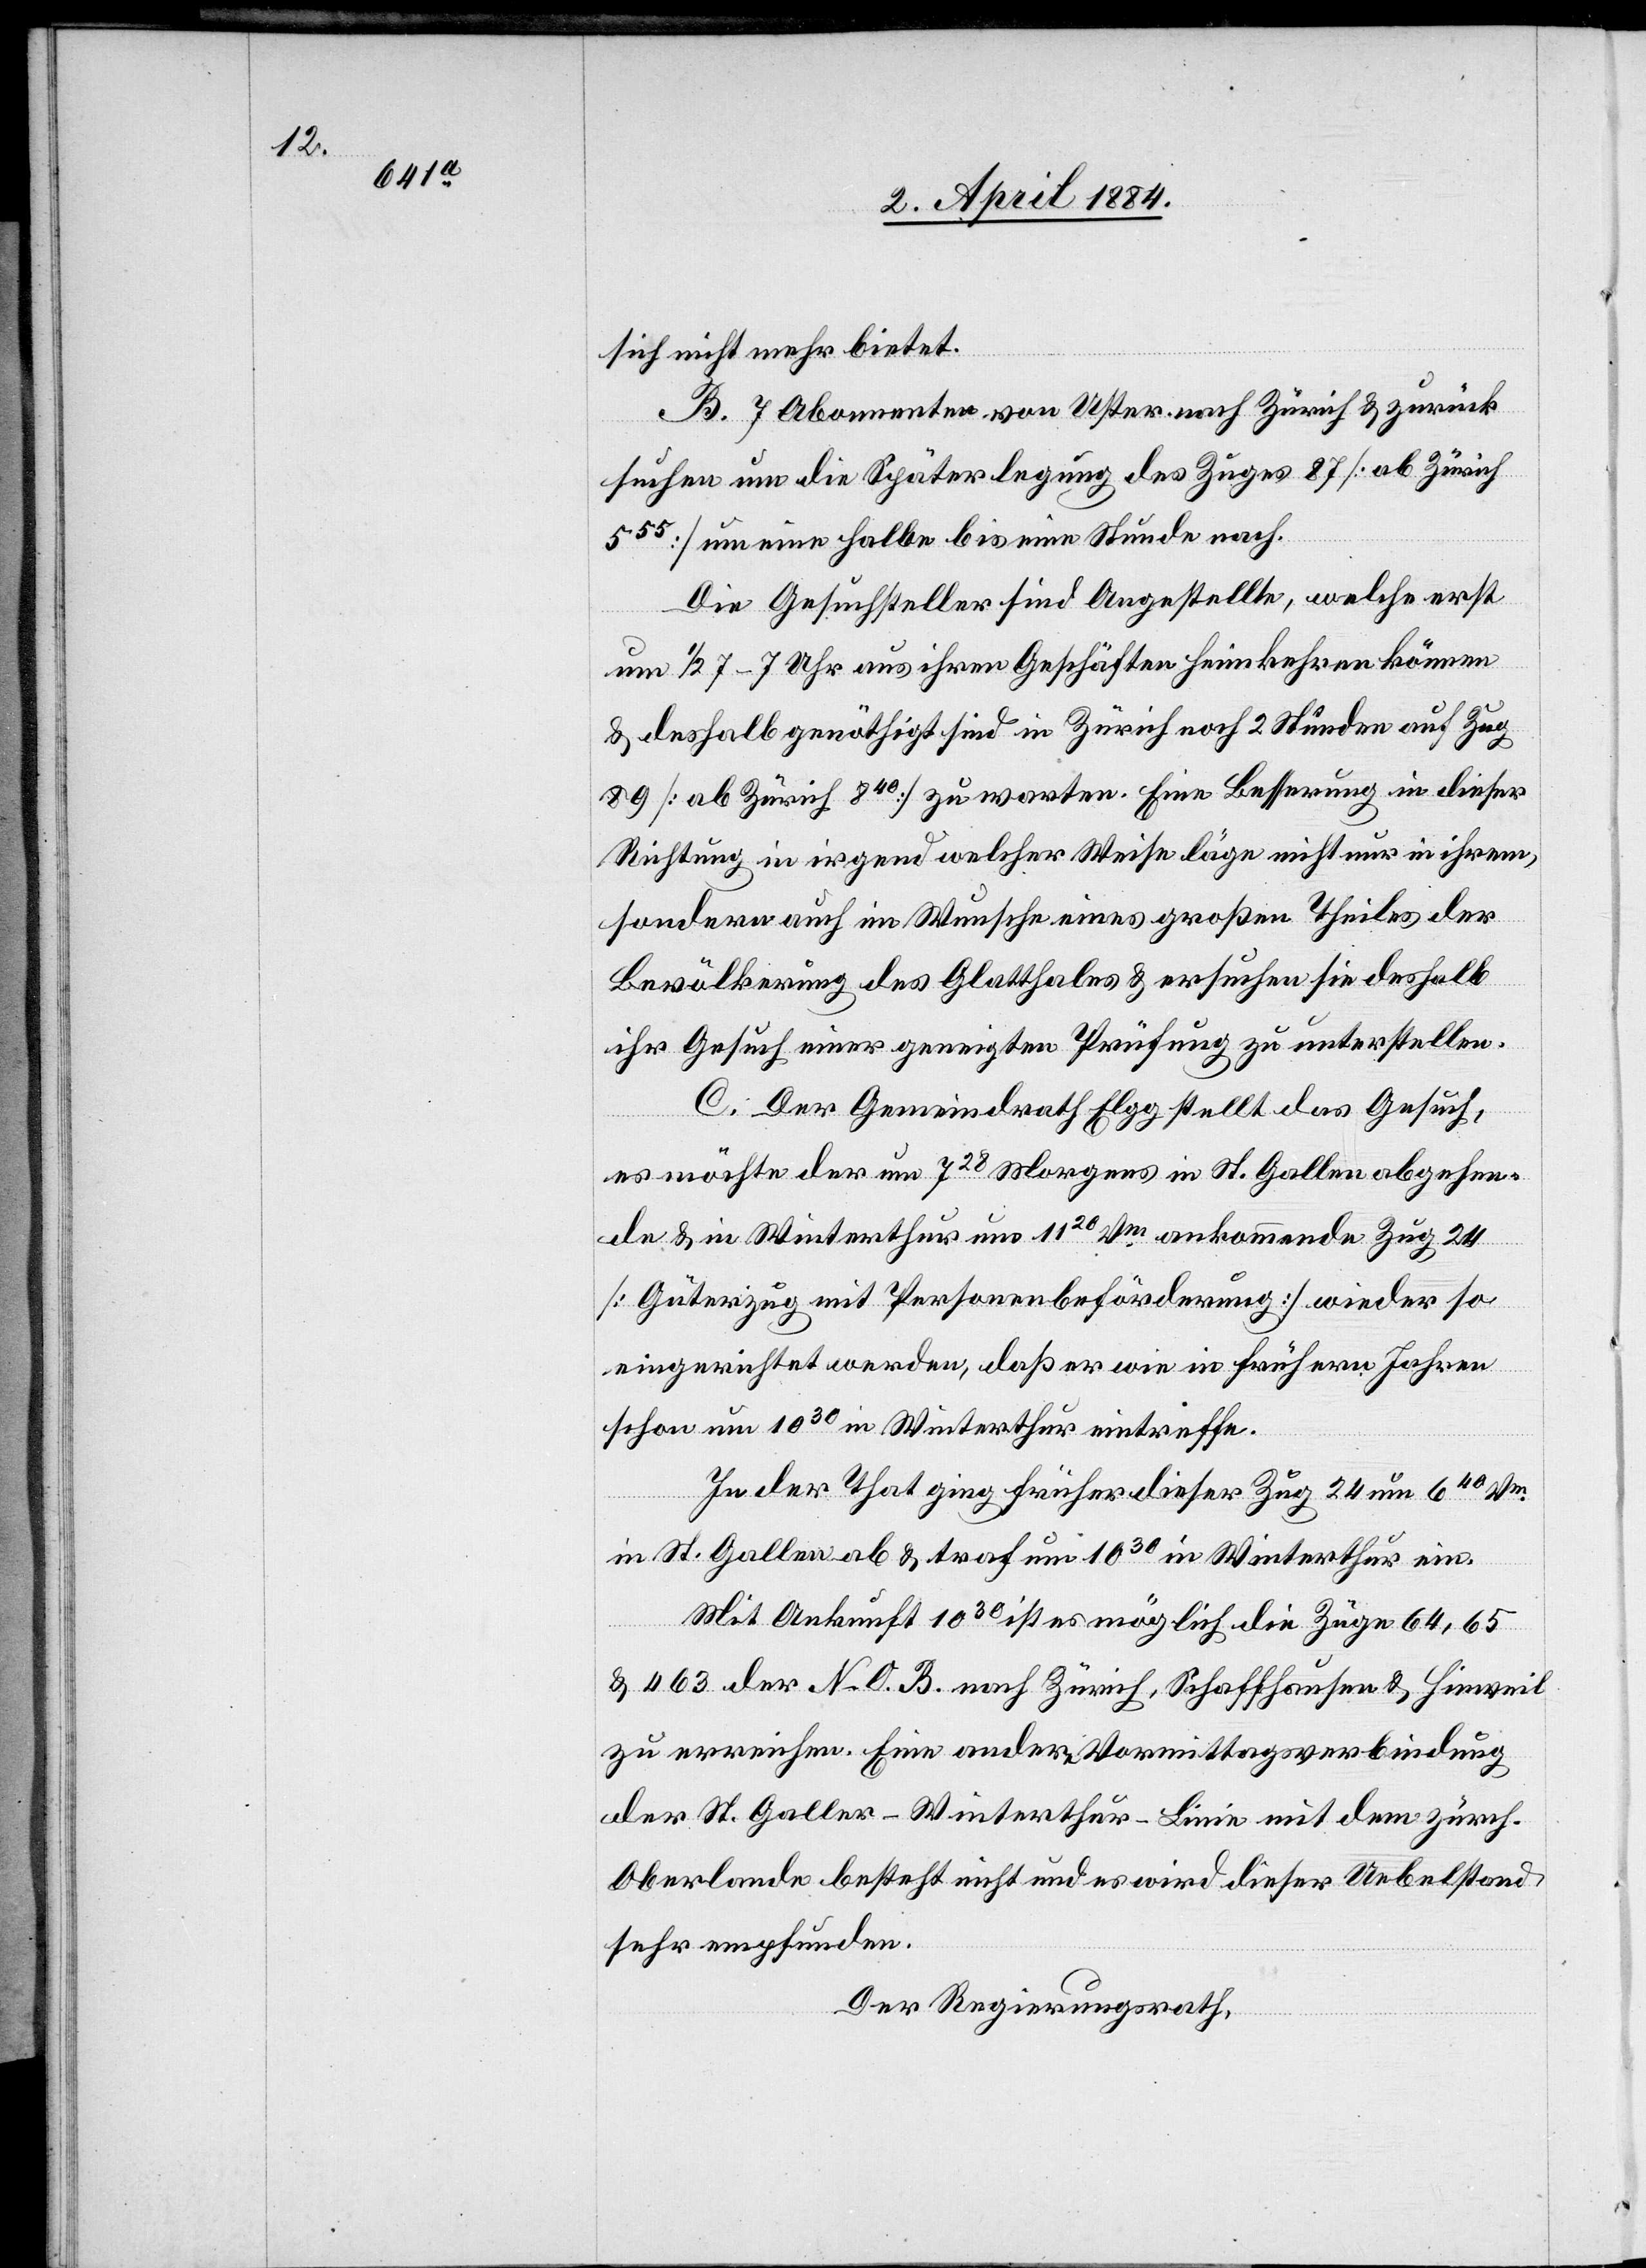
[sic!] nicht mehr bietet.
B. 7 Abonenten von Uster nach Zürich & zurück
suchen um die Späterlegung des Zuges 87 [ab Zürich
555] um eine halbe bis eine Stunde nach.
Die Gesuchsteller sind Angestellte, welche erst
um 1/2 7–7 Uhr aus ihren Geschäften heimkehren können
& deshalb genöthigt sind in Zürich noch 2 Stunden auf Zug
89 [ab Zürich 840] zu warten. Eine Besserung in dieser
Richtung in irgend welcher Weise läge nicht nur in ihrem,
sondern auch im Wunsche eines großen Theiles der
Bevölkerung des Glatthales & ersuchen sie deshalb
ihr Gesuch einer geneigten Prüfung zu unterstellen.
C. Der Gemeindrath Elgg stellt das Gesuch,
es möchte der um 728 Morgens in St. Gallen abgehen¬
de & in Winterthur um 1120 ankommende Zug 24
[Güterzug mit Personenbeförderung] wieder so
eingerichtet werden, daß er wie in frühern Jahren
schon um 1030 in Winterthur eintreffe.
In der That ging früher dieser Zug 24 um 640 Vm
in St. Gallen ab & traf um 1030 in Winterthur ein.
Mit Ankunft 1030 ist es möglich die Züge 64, 65
& 463 der N. O. B. nach Zürich, Schaffhausen & Hinweil
zu erreichen. Eine andere Vormittagsverbindung
der St. Galler–Winterthur-Linie mit dem zürch.
Oberlande besteht nicht und es wird dieser Uebelstand
sehr empfunden.
Der Regierungsrath,